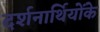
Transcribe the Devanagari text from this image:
दर्शनार्थियोंके